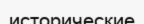
исторические